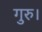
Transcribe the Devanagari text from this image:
गुरु।